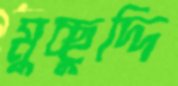
মুচ্ছুদ্দি